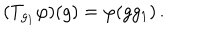
LaTeX: ( T _ { g _ { 1 } } \varphi ) ( g ) = \varphi ( g g _ { 1 } ) \, .